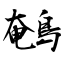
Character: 鵪